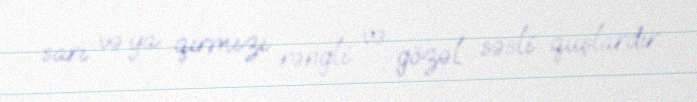
sarı və ya qırmızı rəngli və gözəl səsli quşlardır.